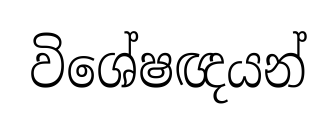
විශේෂඥයන්